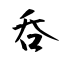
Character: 呑